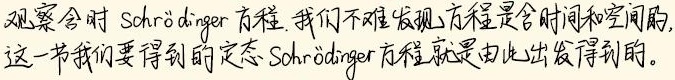
观察含时Schrödinger方程，我们不难发现方程是含时间和空间的，这一节我们要得到的定态Schrödinger方程就是由此出发得到的。